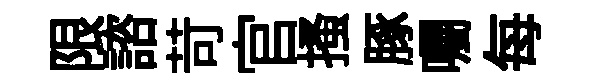
限諮苛官搔䐁囑每